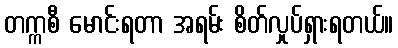
တက္ကစီ မောင်းရတာ အရမ်း စိတ်လှုပ်ရှားရတယ်။